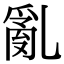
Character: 亂